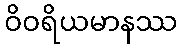
ဝိဝရိယမာနဿ